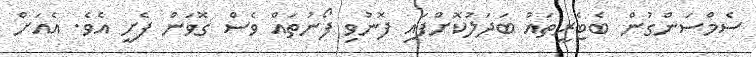
ސެމްސަންގުން ބެޓެރީތައް ބަދަލުކޮށްފައި ފޮނުވި ފޯނުތައް ވެސް ގޮވަން ފެށީ އެވެ. އެއަށް